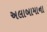
અલાબામાના